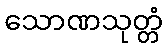
သောဏသုတ္တံ